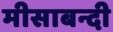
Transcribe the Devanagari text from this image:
मीसाबन्दी